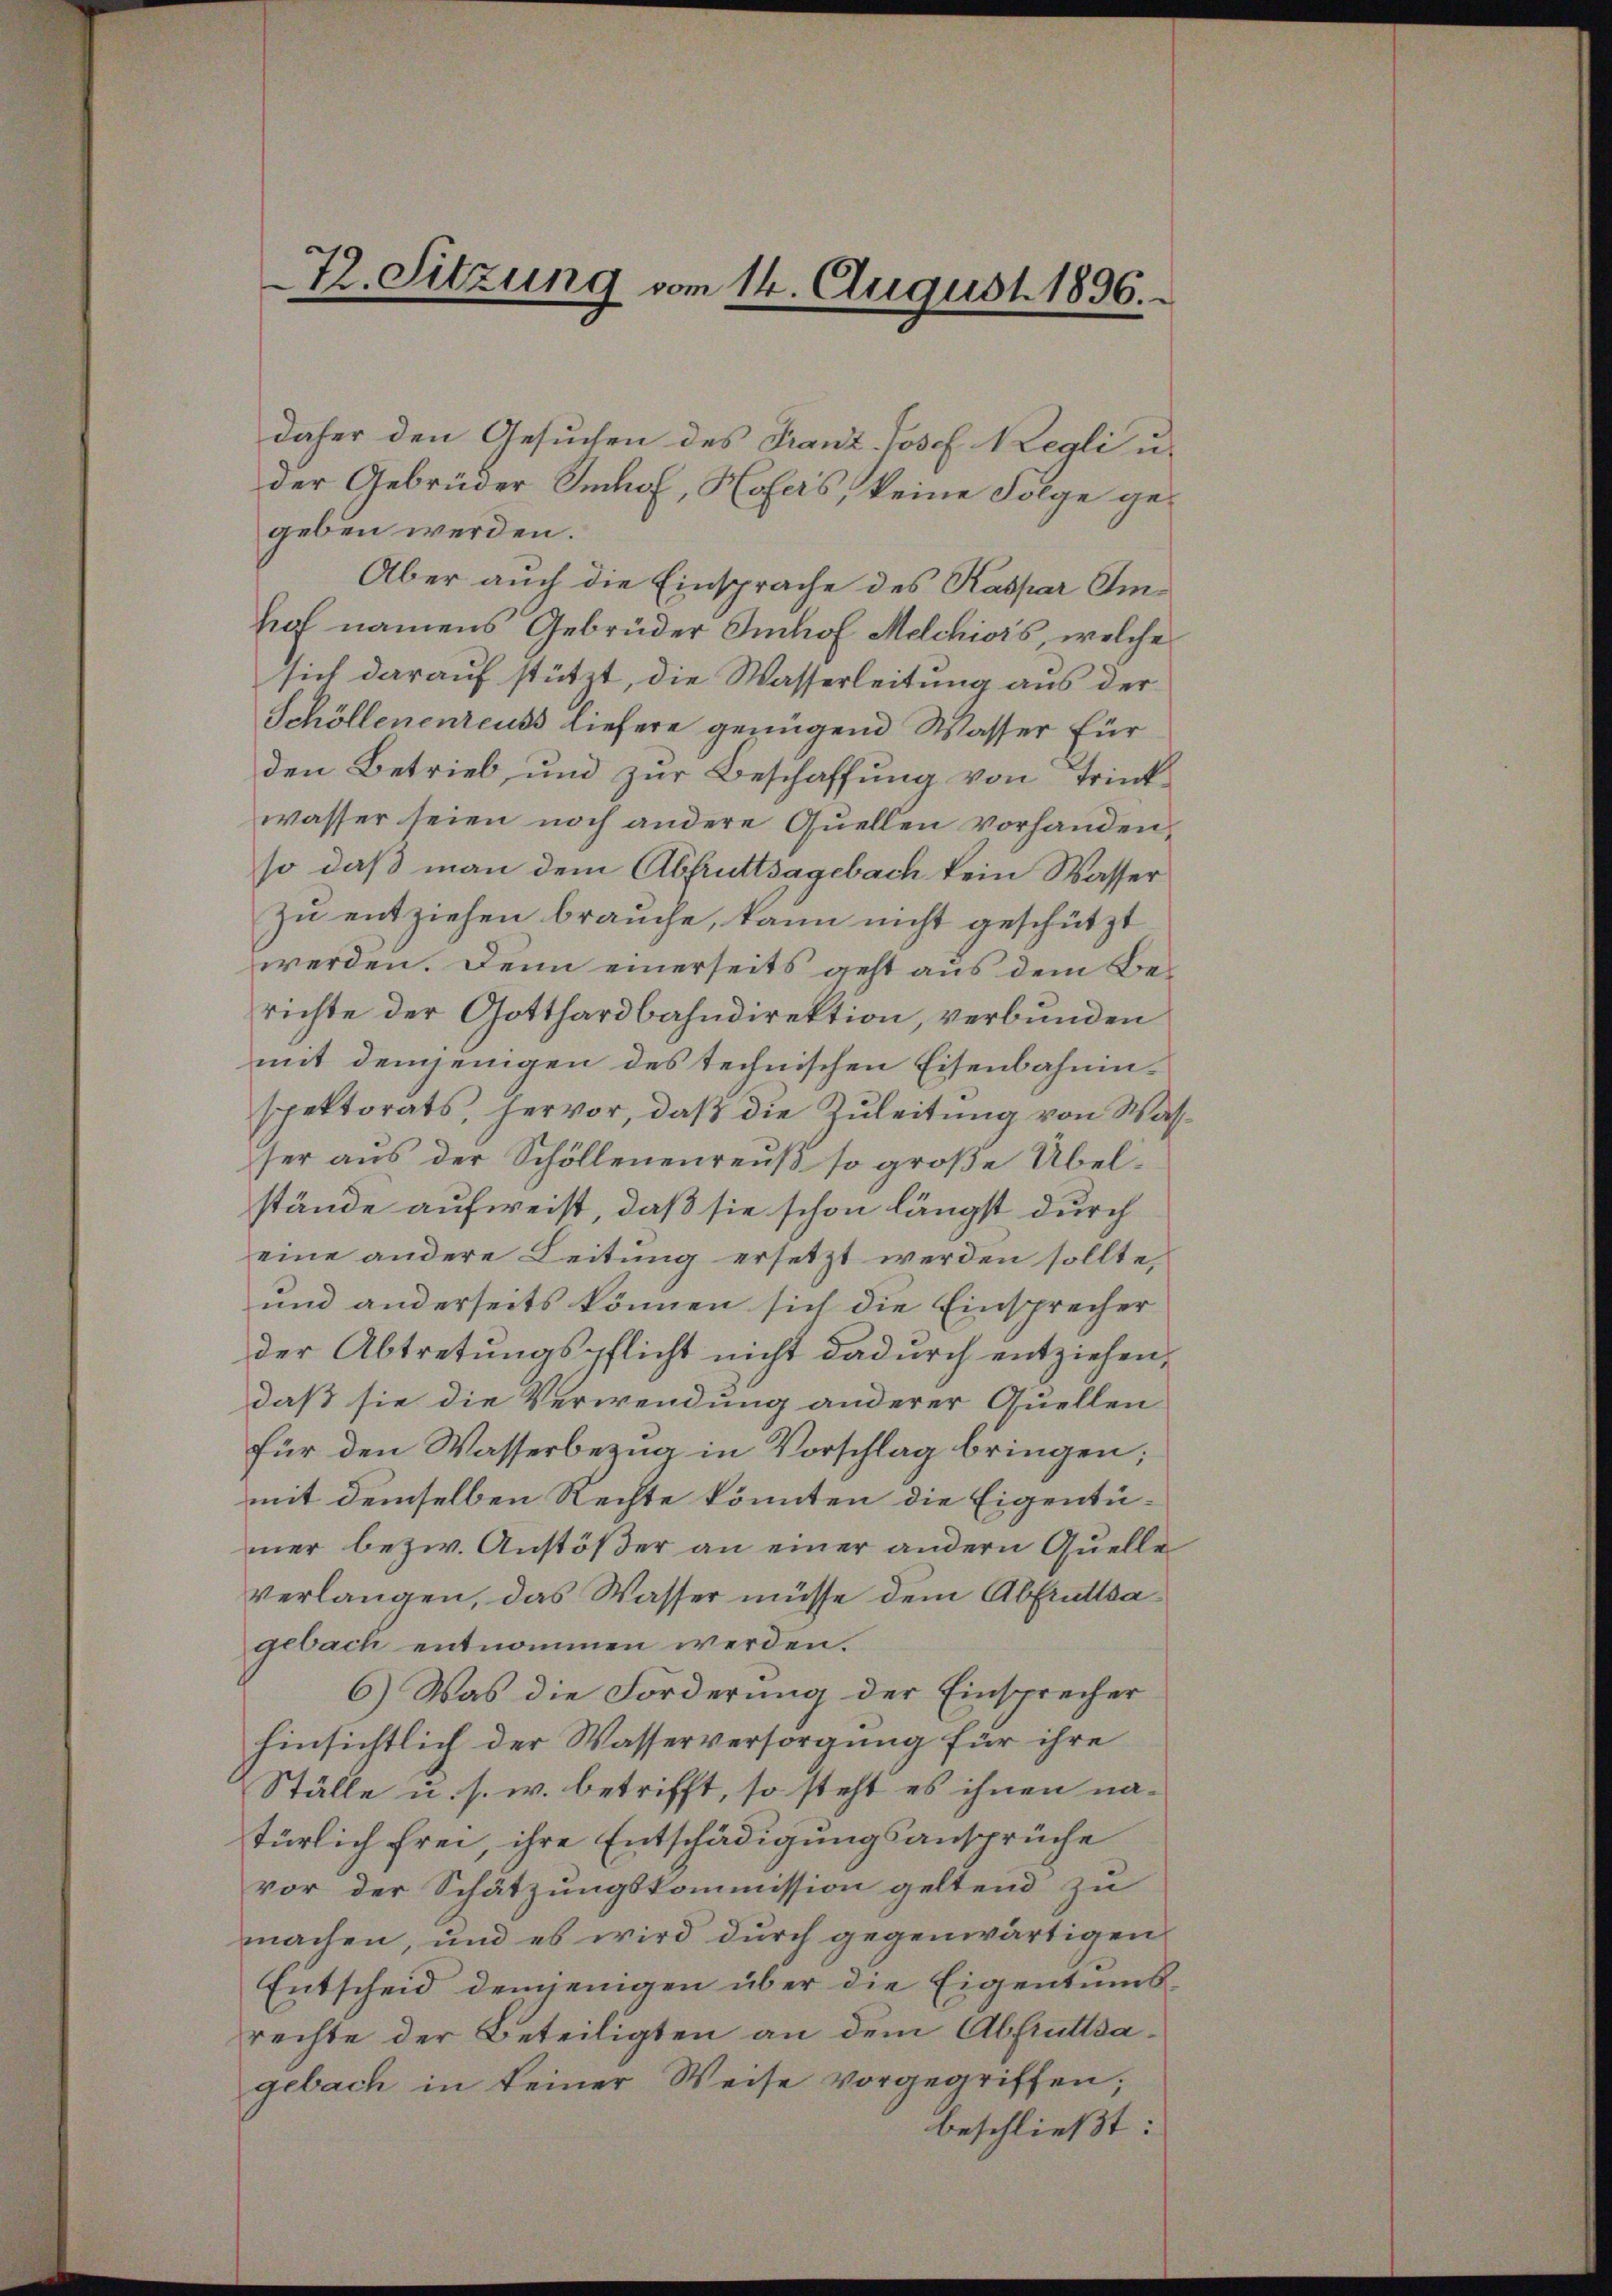
72. Sitzung vom 14. August 1896.

daher den Gesuchen des Franz-Josef Negli u.
der Gebrüder Imhof, Hofers, keine Folge gegeben werden.
Aber auch die Einsprache des Kaspar Emhof namens Gebrüder Imhof Melchiors, welche
sich darauf stützt, die Wasserleitung aus der
Schöllenenreuss liefere genügend Wasser für
den Betrieb, und zur Beschaffung von Trinkwasser seien noch andere Quellen vorhanden,
so daß man dem Abfruttsagebach kein Wasser
zu entziehen brauche, kann nicht geschützt
werden. Denn einerseits geht aus dem Berichte der Gotthardbahndirektion, verbunden
mit demjenigen des technischen Eisenbahninspektorats, hervor, daß die Zuleitung von Wasser aus der Schöllenenreuß so große Übelstände aufweist, daß sie schon längst durch
eine andere Leitung ersetzt werden sollte,
und anderseits können sich die Einsprecher
der Abtretungspflicht nicht dadurch entziehen,
daß sie die Verwendung anderer Quellen
für den Wasserbezug in Vorschlag bringen;
mit demselben Rechte könnten die Eigentümer bezw. Anstößer an einer andern Quelle
verlangen, das Wasser müsse dem Abfruttsagebach entnommen werden.
6.) Was die Forderung der Einsprecher
hinsichtlich der Wasserversorgung für ihre
Ställe u. s. w. betrifft, so steht es ihnen natürlich frei, ihre Entschädigungsansprüche
vor der Schätzungskommission geltend zu
machen, und es wird durch gegenwärtigen
Entscheid demjenigen über die Eigentumsrechte der Beteiligten an dem Abfruttsagebach in keiner Weise vorgegriffen;
beschließt: